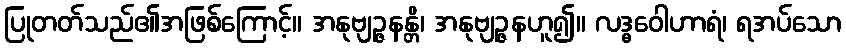
ပြုတတ်သည်၏အဖြစ်ကြောင့်။ အနုဗျဉ္ဇနန္တိ၊ အနုဗျဉ္ဇနဟူ၍။ လဒ္ဓဝေါဟာရံ၊ ရအပ်သော